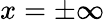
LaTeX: x=\pm\infty